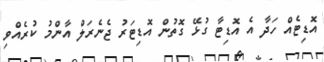
އޮޑިޓެއް ހަދާ އެ އޮޑިޓާ ގުޅޭ ގޮތުން އޮޑިޓަރު ޖެެނެރަލް އާންމު ކުރެއްވި